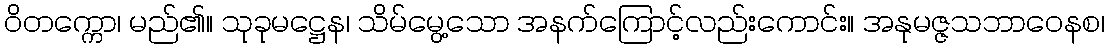
ဝိတက္ကော၊ မည်၏။ သုခုမဋ္ဌေန၊ သိမ်မွေ့သော အနက်ကြောင့်လည်းကောင်း။ အနုမဇ္ဇသဘာဝေနစ၊